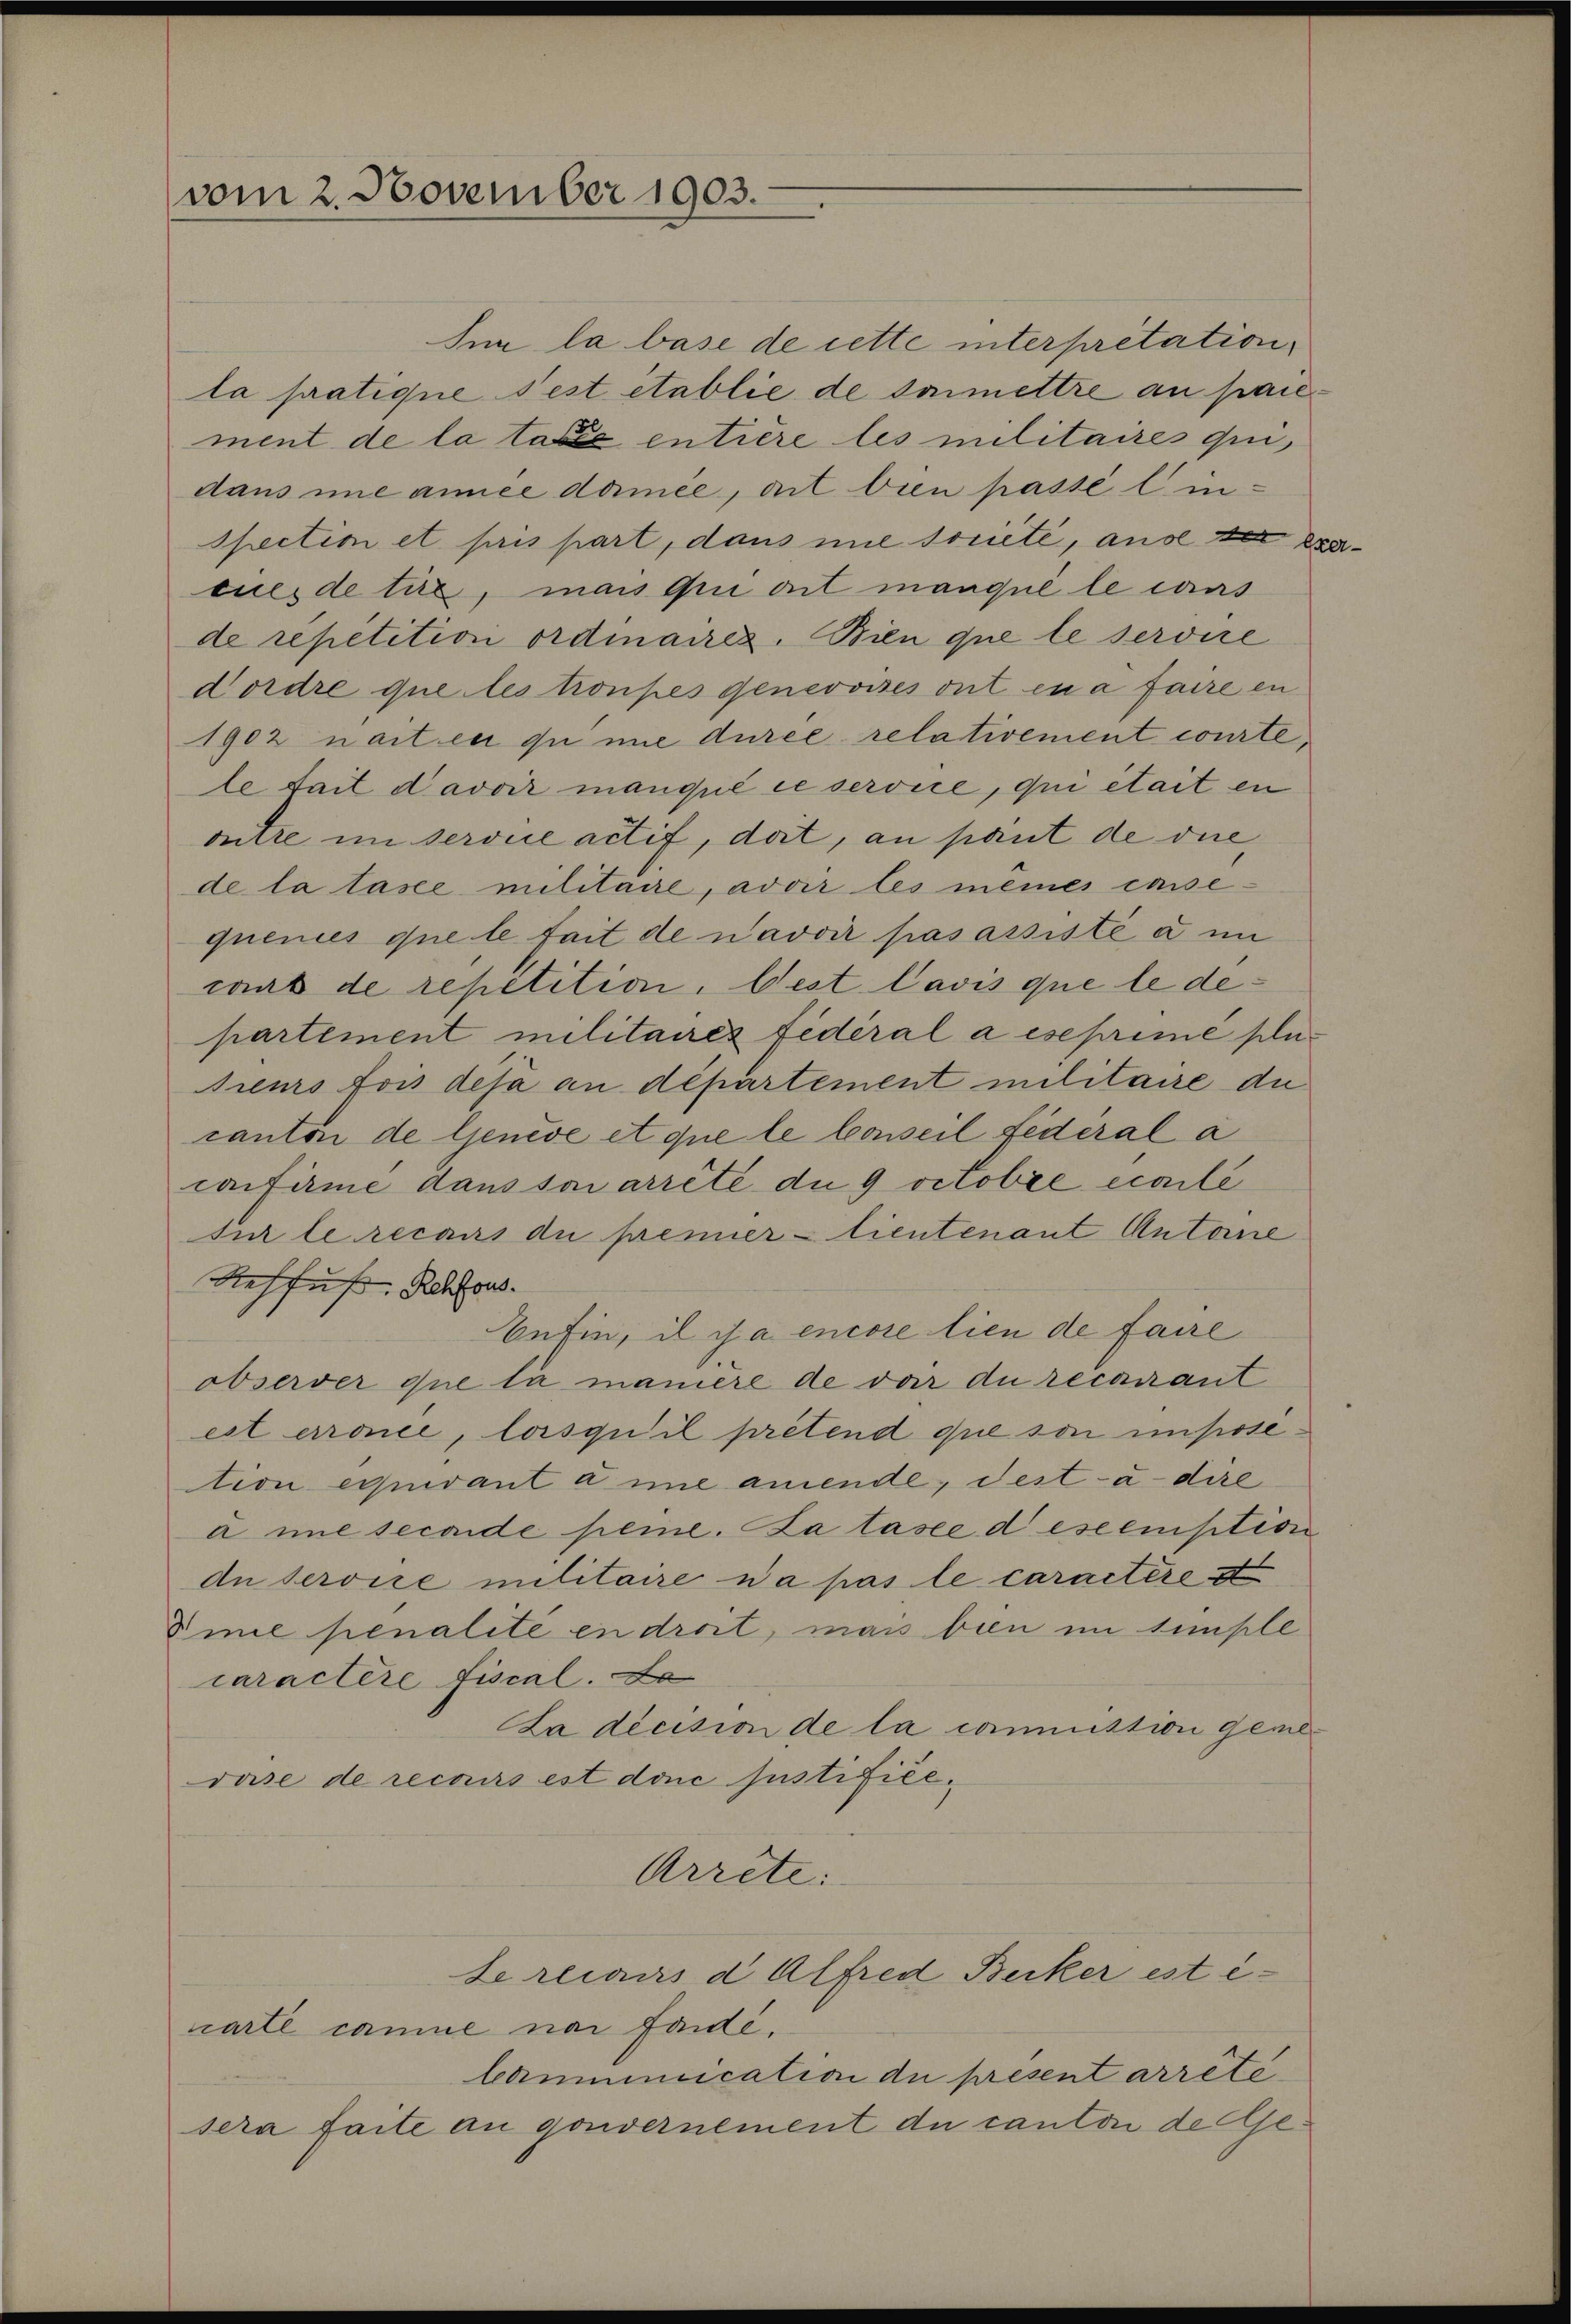
vom 2. November 1903.

Inn la base de cette interpretation,
la pratique fest établie de soimettre an paie
ment de la tale entière les militaires qui,
dans une année damee, et bien passé linspection et pris part, dans une societe, aus der Exercues de tie, mais qui ont manque le caus
de repetition ordinaires. Bien que le servire
Dordre que les tronpes genevoises ont en a faire en
1902 nait en du nie durée relativement courte,
le fait davoir manque ce service, qui était en
oitre im serone actif, dat, an pant de die
de la tasee militaire, avoir les meines cassequenies que le fait de navoir pas assiste a im
caas de repetition. Gest lavis que le departement militaires fédéral a eseprime sonsieurs fois des an departement militaire du
canton de Genève et que le Conseil fédéral a
crifirme dans son arrêté du 9 octobre ecaile
sur le recars du prener - tientenant Antone
Steffuß. Rehfors
Befin, il a encore lien de faire
observer que la manière de dar du recarant
est erronce, lorsqu’il pretend que son imposition erquivant aine amende, dest-à-dire
a nie seconde seine. Katasee deseemption
du service militaire n’a pas le caractère st
Vime penalité en droit, mais bien im Simple
caractere Fiscal. Da
La décision de la commission geme
rase de recours est donc justifiée,
Arrete:
Le recours d. Alfred Becker est e
narte comme nac fondé.
bommunication de present arrêté
sera faite an gouvernement du canton de Ge¬

¬

f